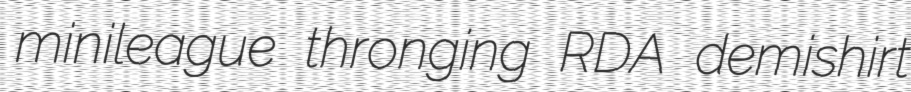
minileague thronging RDA demishirt